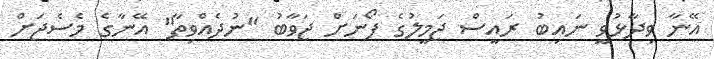
އޭނާ ވިދާޅުވީ ނައިބު ރައީސް ޖަމީލުގެ ފޯނަށް ޖަވާބު "ނުދެއްވިތާ" އޭނާގެ މެސެޖަށް